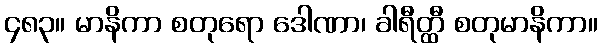
၄၈၃။ မာနိကာ စတုရော ဒေါဏာ၊ ခါရီတ္ထီ စတုမာနိကာ။